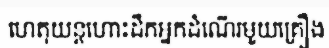
ហេតុយន្តហោះដឹកអ្នកដំណើរមួយគ្រឿង